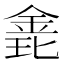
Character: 𨦊